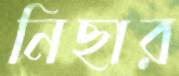
নিছার